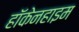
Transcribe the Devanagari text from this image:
हॉकेनहाइम